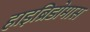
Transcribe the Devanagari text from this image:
हाइब्रिडोमास